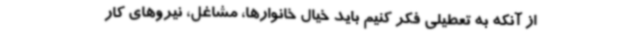
از آنکه به تعطیلی فکر کنیم باید خیال خانوارها، مشاغل، نیروهای کار